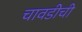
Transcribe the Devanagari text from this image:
चावडीची